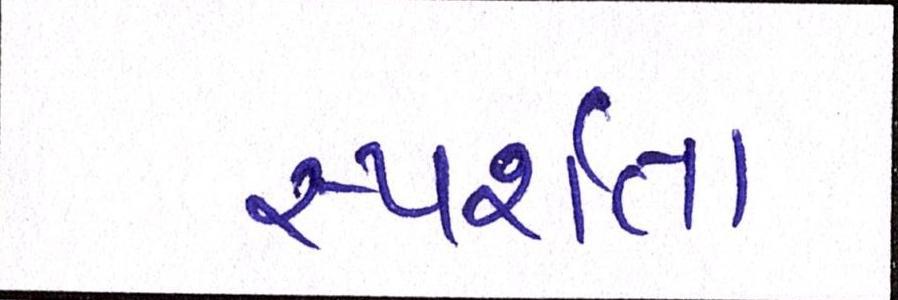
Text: સ્પર્શતા